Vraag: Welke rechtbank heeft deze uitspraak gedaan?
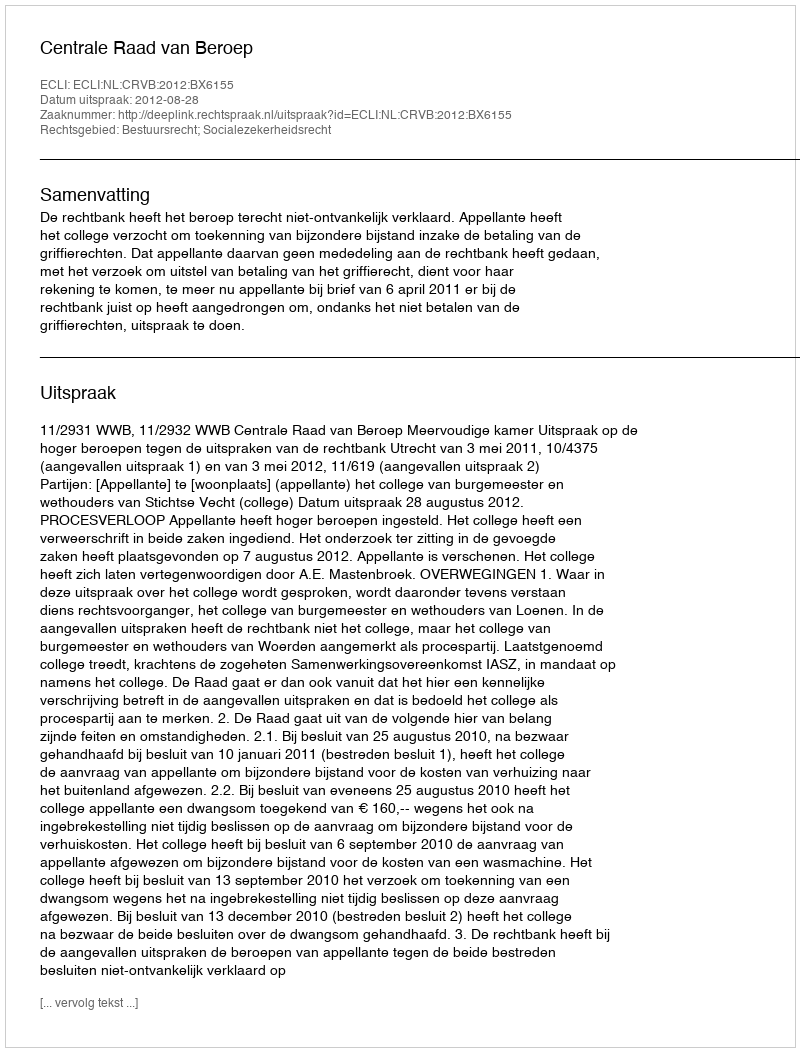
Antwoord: Centrale Raad van Beroep